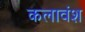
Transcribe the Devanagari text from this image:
कलावंश